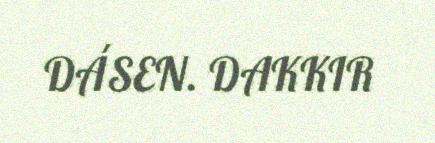
DÁSEN. DAKKIR